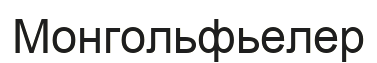
Монгольфьелер